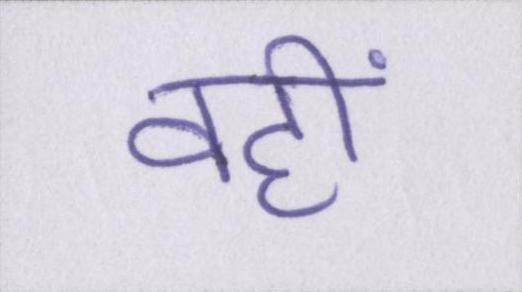
वही